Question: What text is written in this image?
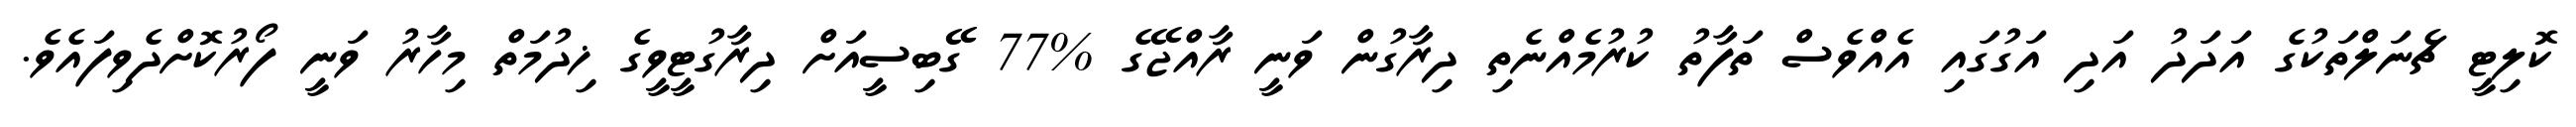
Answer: ކޮލިޓީ ޗެނަލްތަކުގެ އަދަދު އަދި އަގުގައި އެއްވެސް ތަފާތު ކުރުމެއްނެތި ދިރާގުން ވަނީ ރާއްޖޭގެ %77 ގޭބިސީއަށް ދިރާގުޓީވީގެ ޚިދުމަތް މިހާރު ވަނީ ފޯރުކޮށްދެވިފައެވެ.